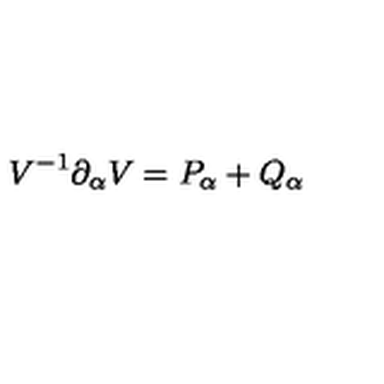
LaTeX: V ^ { - 1 } \partial _ { \alpha } V = P _ { \alpha } + Q _ { \alpha }